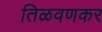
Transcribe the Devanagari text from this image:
तिळवणकर